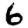
Digit: 6